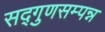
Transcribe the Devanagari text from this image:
सद्गुणसम्पन्न